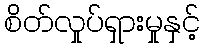
စိတ်လှုပ်ရှားမှုနှင့်